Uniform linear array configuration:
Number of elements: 16
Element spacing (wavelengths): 0.25
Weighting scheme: binomial
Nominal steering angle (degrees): -45
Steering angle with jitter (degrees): -43.851
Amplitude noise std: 0.05
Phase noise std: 0.05

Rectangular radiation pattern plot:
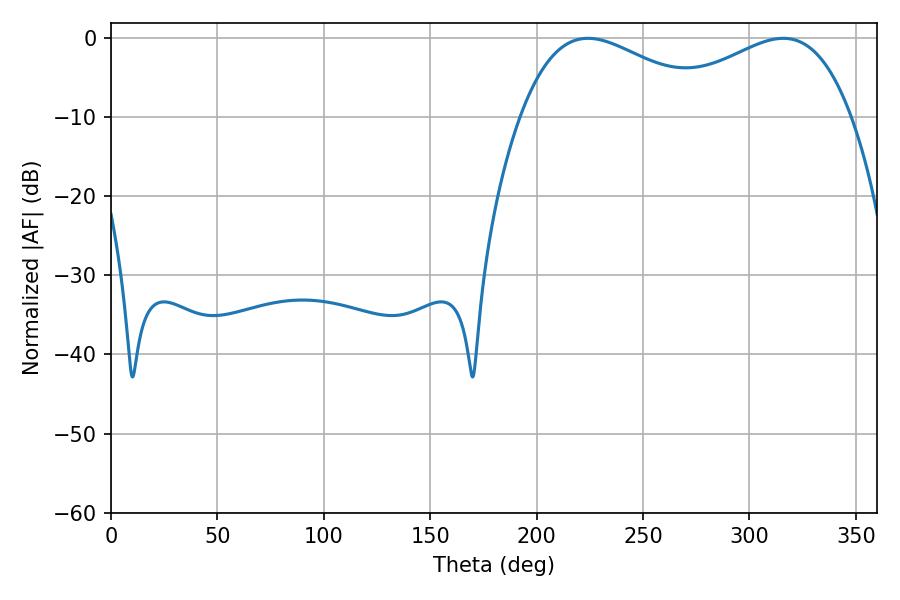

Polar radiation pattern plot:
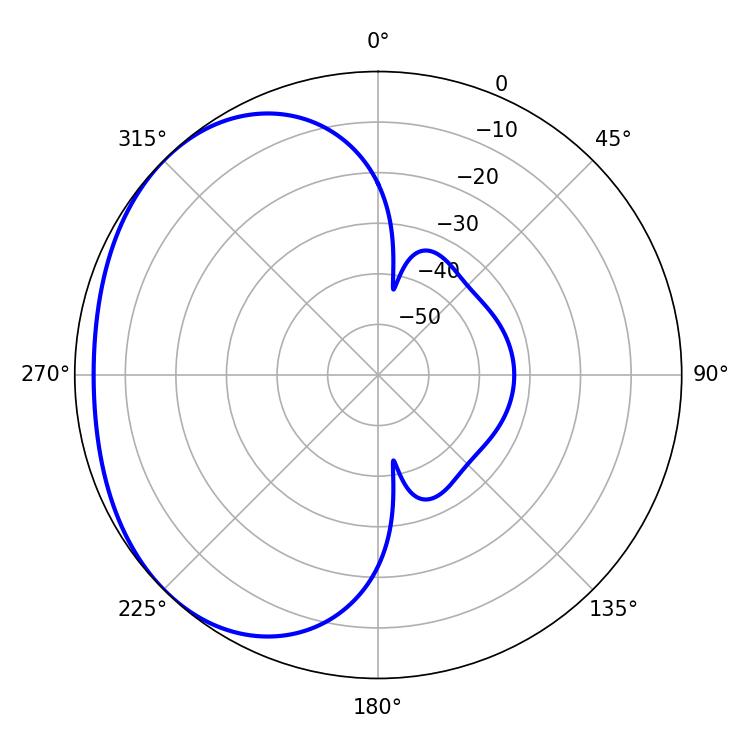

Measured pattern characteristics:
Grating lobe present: FALSE
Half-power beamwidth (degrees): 50.4
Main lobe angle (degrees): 224.1